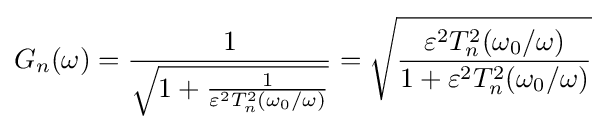
G_{n}(\omega )={\frac {1}{\sqrt {1+{\frac {1}{\varepsilon ^{2}T_{n}^{2}(\omega _{0}/\omega )}}}}}={\sqrt {\frac {\varepsilon ^{2}T_{n}^{2}(\omega _{0}/\omega )}{1+\varepsilon ^{2}T_{n}^{2}(\omega _{0}/\omega )}}}